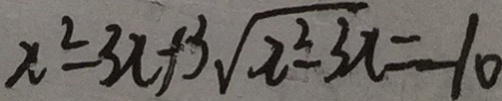
x ^ { 2 } - 3 x + 3 \sqrt { x ^ { 2 } - 3 x } = - 1 0